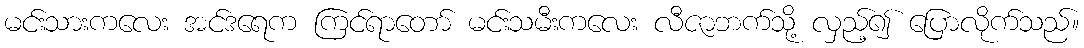
မင်းသားကလေး အင်ဒရေက ကြင်ရာတော် မင်းသမီးကလေး လီဇာဘက်သို့ လှည့်၍ ပြောလိုက်သည်။